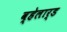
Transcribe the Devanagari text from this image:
व्हेलार्ड